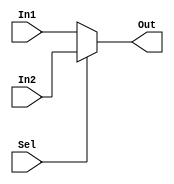

module MUX_5 (Out, In1, In2, Sel);  
	
	input[4:0] In1, In2;
	input Sel;
	output reg[4:0] Out;
	
	
	always@(In1 or In2 or Sel)
		begin
			if (Sel == 1'b0) Out = In1;
			else Out = In2;
		end
		
endmodule


module MUX_32 (Out, In1, In2, Sel);  
	
	input[31:0] In1, In2;
	input Sel;
	output reg[31:0] Out;
	
	
	always@(In1 or In2 or Sel)
		begin
			if (Sel == 1'b0) Out = In1;
			else Out = In2;
		end
		
endmodule